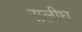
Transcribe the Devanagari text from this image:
रालीघ